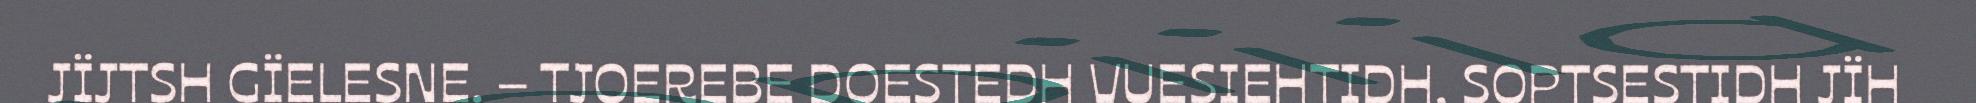
JÏJTSH GÏELESNE. – TJOEREBE DOESTEDH VUESIEHTIDH, SOPTSESTIDH JÏH